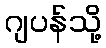
ဂျပန်သို့